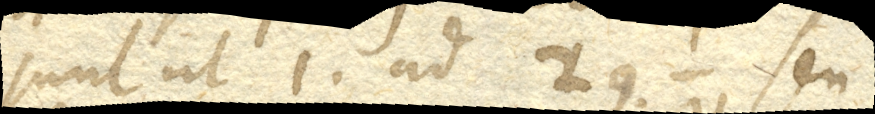
sunt ut 1. ad seu.